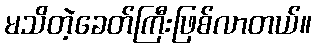
မသိတဲ့ခေတ်ကြီးဖြစ်လာတယ်။